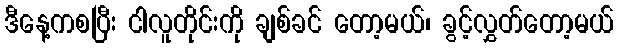
ဒီနေ့ကစပြီး ငါလူတိုင်းကို ချစ်ခင် တော့မယ်၊ ခွင့်လွှတ်တော့မယ်